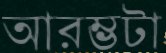
আরম্ভটা